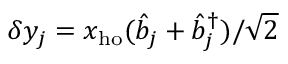
\delta y _ { j } = x _ { \mathrm { h o } } ( \hat { b } _ { j } + \hat { b } _ { j } ^ { \dagger } ) / \sqrt { 2 }